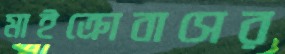
মাইক্রোবাসের